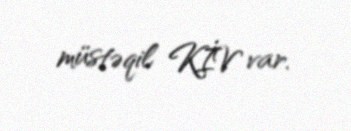
müstəqil KİV var.